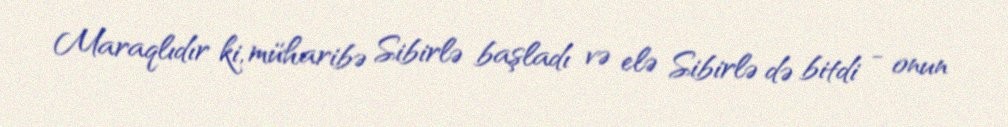
Maraqlıdır ki, müharibə Sibirlə başladı və elə Sibirlə də bitdi - onun